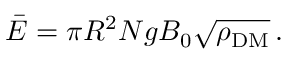
\bar { \cal E } = \pi R ^ { 2 } N g B _ { 0 } \sqrt { \rho _ { \mathrm { D M } } } \, .